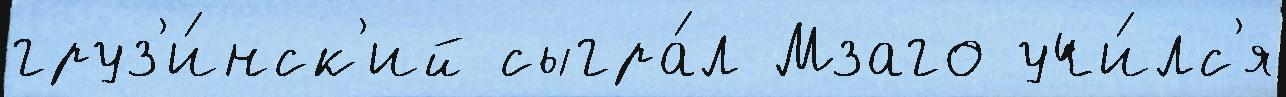
груз'и́нск'ий сыгра́л Мзаго учи́лс'я